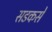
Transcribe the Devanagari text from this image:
सडकसे